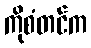
ကိုစံတင်က